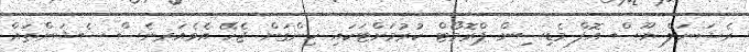
ރެޝަނަލް ޔޫސް އޮފް މެޑިސިން ޕްރޮމޯޓް ކުރުމަށްޓަކައި ހިންގަން ޖެހޭ އެވެއަރނެސް ސެޝަންތައް